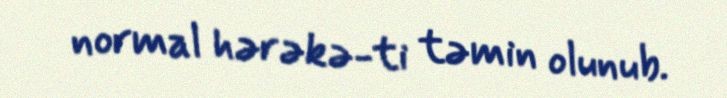
normal hərəkə­ti təmin olunub.